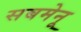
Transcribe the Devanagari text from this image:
सबमेनू